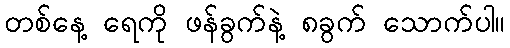
တစ်နေ့ ရေကို ဖန်ခွက်နဲ့ ၈ခွက် သောက်ပါ။